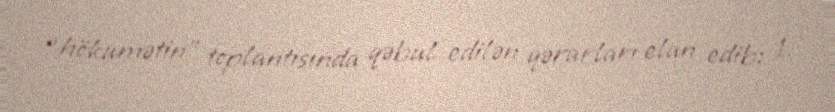
“hökumətin” toplantısında qəbul edilən qərarları elan edib: 1.